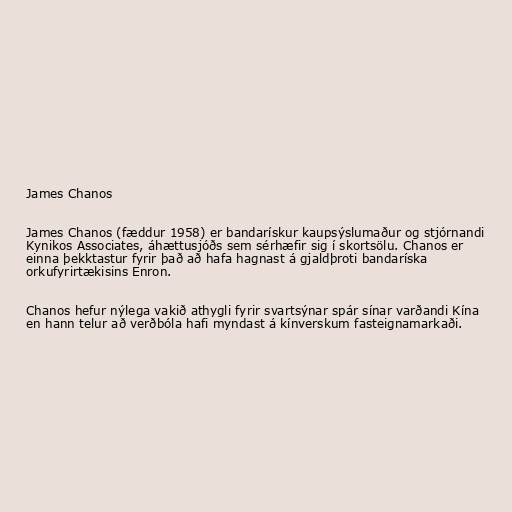
James Chanos

James Chanos (fæddur 1958) er bandarískur kaupsýslumaður og stjórnandi
Kynikos Associates, áhættusjóðs sem sérhæfir sig í skortsölu. Chanos er
einna þekktastur fyrir það að hafa hagnast á gjaldþroti bandaríska
orkufyrirtækisins Enron.

Chanos hefur nýlega vakið athygli fyrir svartsýnar spár sínar varðandi Kína
en hann telur að verðbóla hafi myndast á kínverskum fasteignamarkaði.